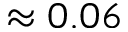
\approx 0 . 0 6